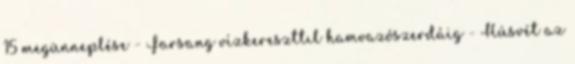
15 megünneplése - Farsang vízkereszttıl hamvazószerdáig - Húsvét az